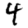
Digit: 4